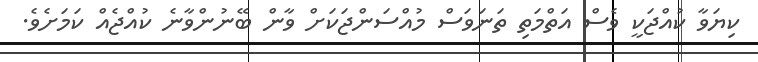
ކިޔަވާ ކުއްޖަކީ ވެސް އަތްމަތި ތަނަވަސް މުއްސަންޖަކަށް ވާން ބޭނުންވާނެ ކުއްޖެއް ކަމަށެވެ.